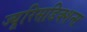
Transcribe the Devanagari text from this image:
ज्यूरिसडिक्शन्स